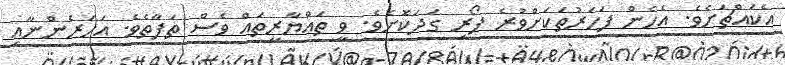
އެކައްޗަށެވެ. އެހެން ފަހަރުތަކަށްވުރެ ފޯރި ގަދަކޮށެވެ. ވީ ތައްޔާރީތައް ވެސް ތަފާތެވެ. އަހަރެންނާއި